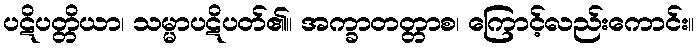
ပဋိပတ္တိယာ၊ သမ္မာပဋိပတ်၏။ အက္ခာတတ္တာစ၊ ကြောင့်လည်းကောင်း။